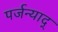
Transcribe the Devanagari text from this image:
पर्जन्याद्‌